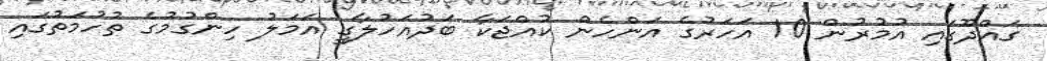
ގައްދޫގައި އުމުރުން 10 އަހަރުގެ އަންހެން ކުއްޖަކާ ބަދުއަހުލާގީ އަމަލު ހިންގުމުގެ ތުހުމަތުގައި